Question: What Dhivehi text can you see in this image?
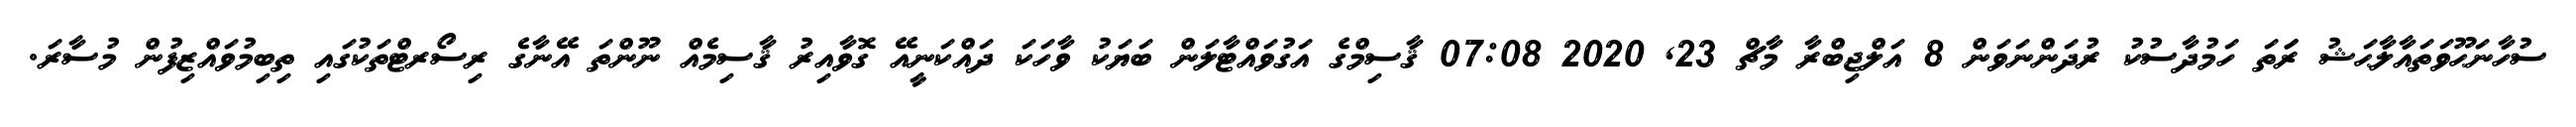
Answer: ސުހާނަޙޫވަތައާލާޙަޝު ރަަތަ ހަމުދާސުކު ރުދަންނަވަން 8 އަލްޖިބްރާ މާޗް 23, 2020 07:08 ޤާސިމްގެ އަގުވައްޓާލަން ބަޔަކު ވާހަކަ ދައްކަނީއޭ ގޮވާއިރު ޤާސިމެއް ނޫންތަ އޭނާގެ ރިސޯރޓްތަކުގައި ތިބިމުވައްޒިފުން މުސާރަ.